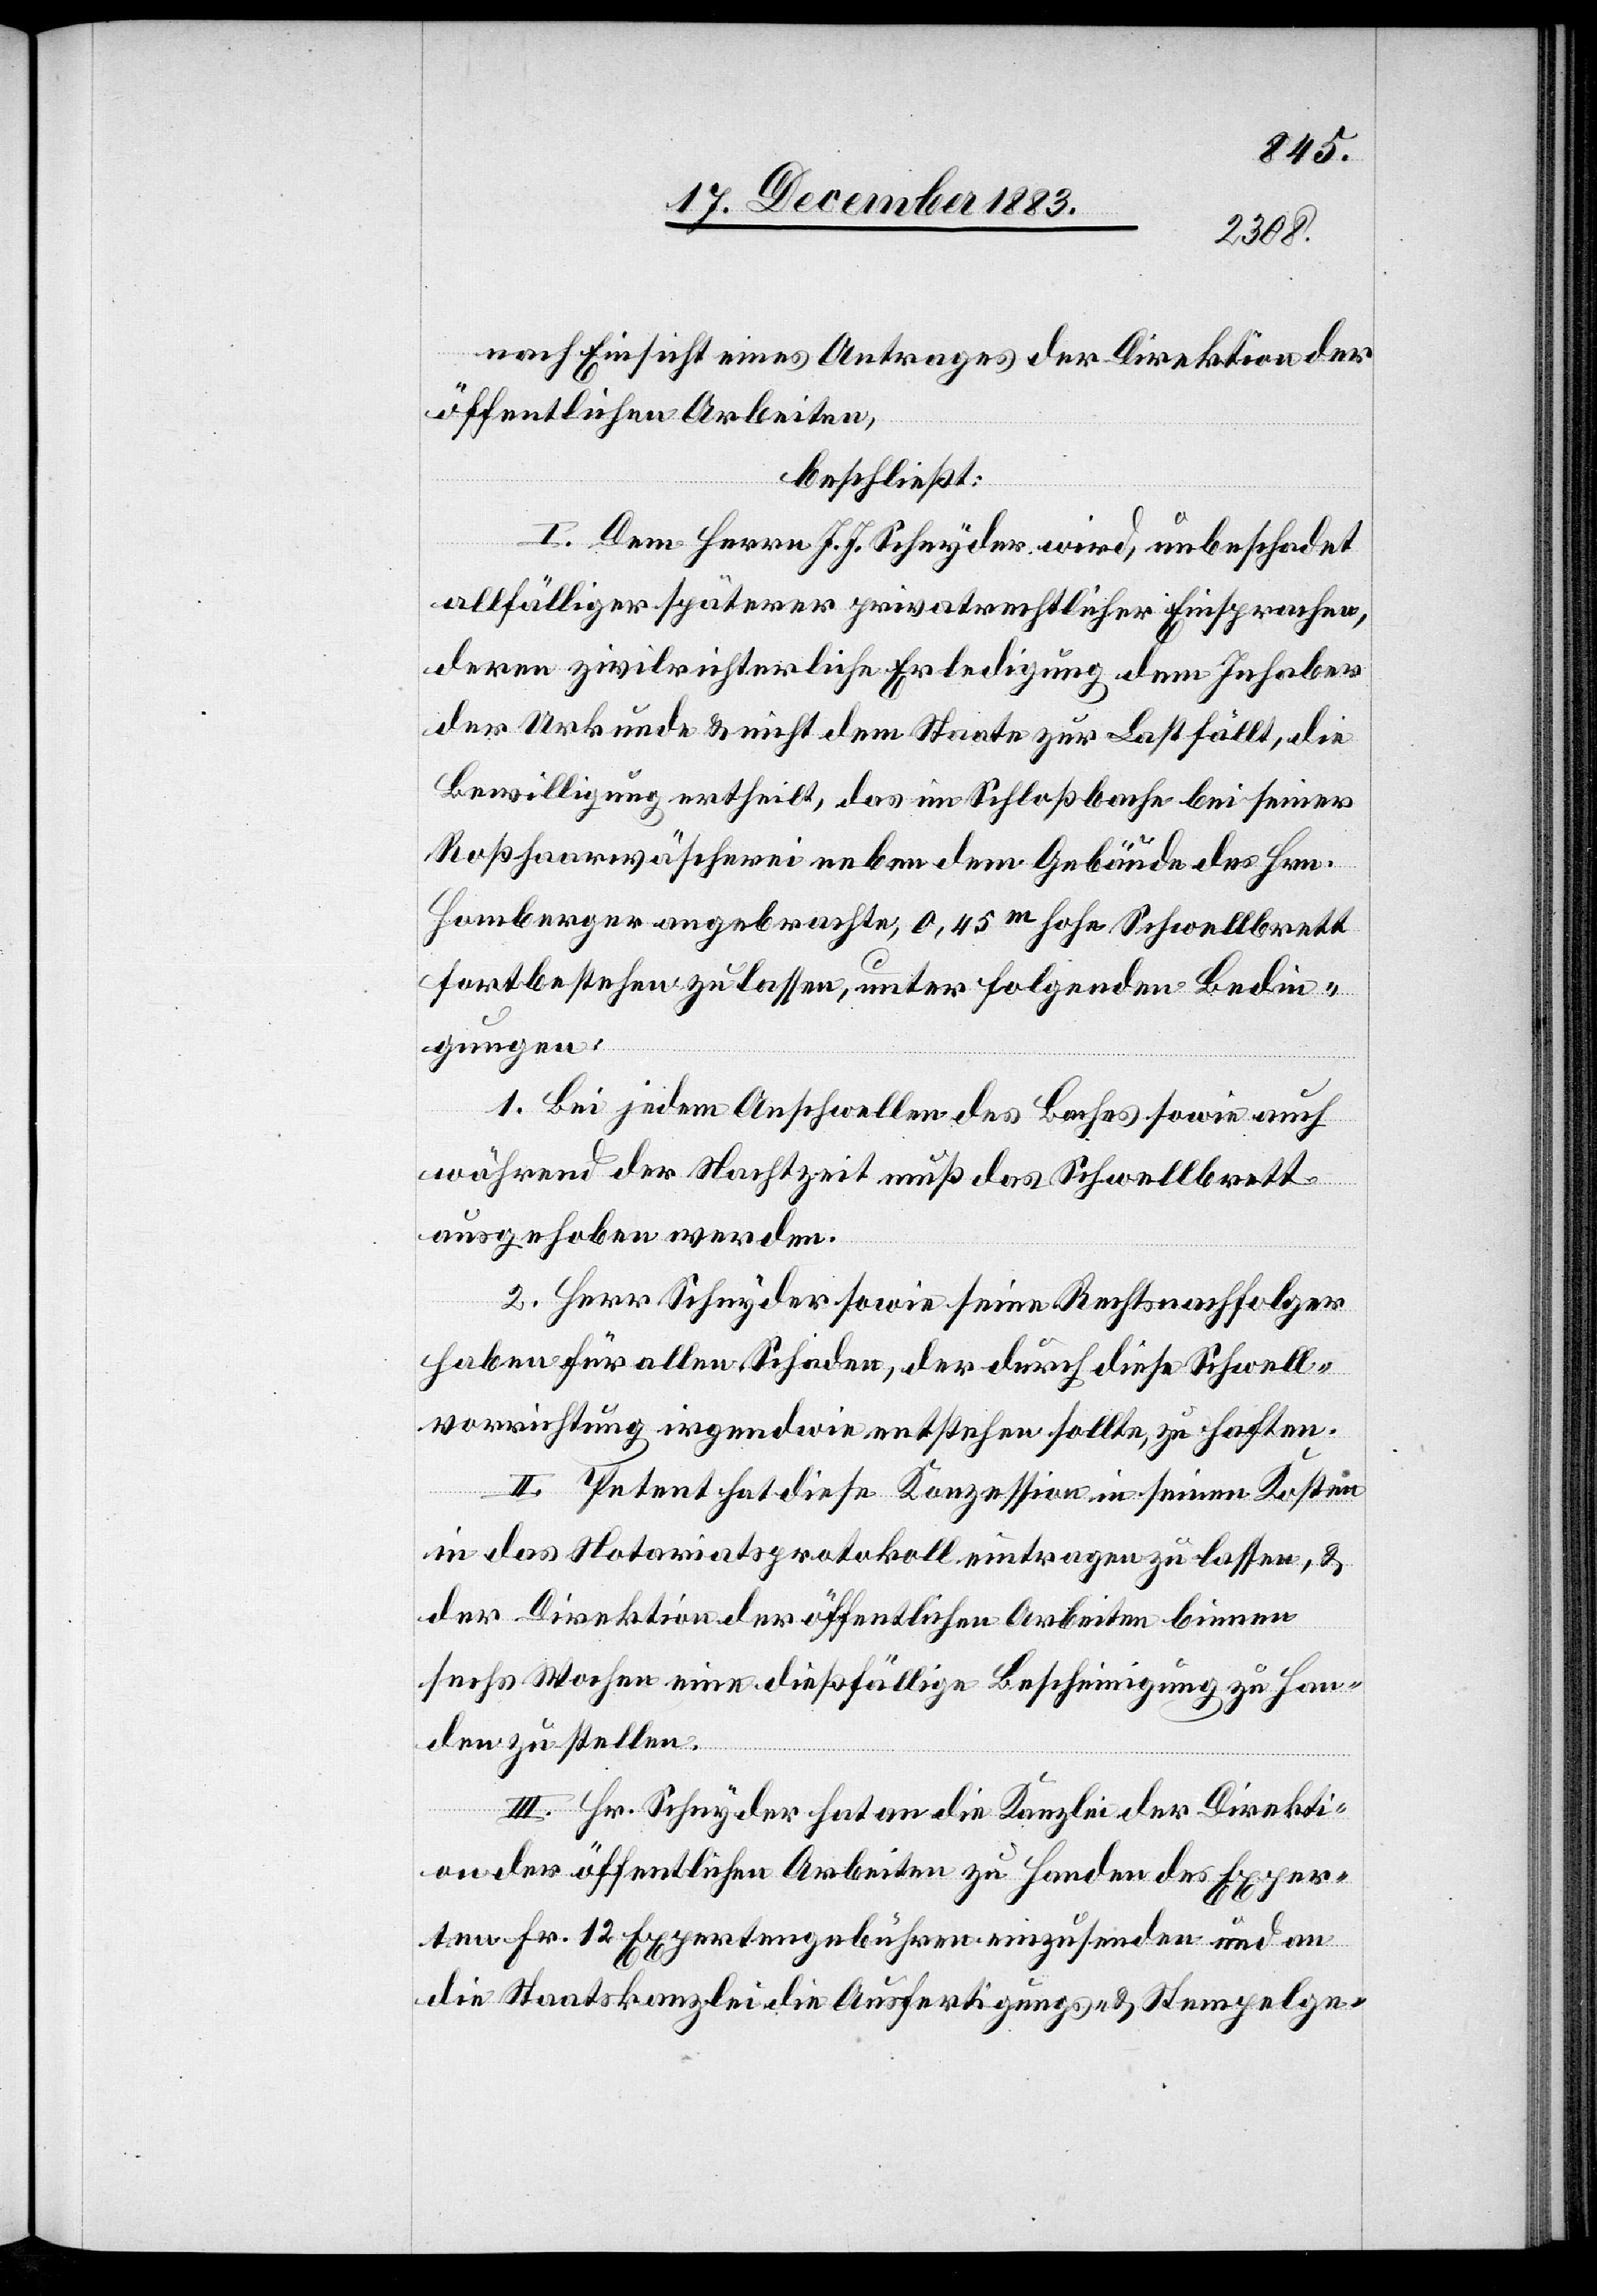
nach Einsicht eines Antrages der Direktion der
öffentlichen Arbeiten,
beschließt:
I. Dem Herrn J. J. Schnyder wird, unbeschadet
allfälliger späterer privatrechtlicher Einsprachen,
deren zivilrichterliche Erledigung dem Inhaber
der Urkunde & nicht dem Staate zur Last fällt, die
Bewilligung ertheilt, das im Schloßbache bei seiner
Roßhaarwäscherei neben dem Gebäude des Hrn.
Homberger angebrachte, 0,45m hohe Schwellbrett
fortbestehen zu lassen, unter folgenden Bedin¬
gungen:
1. Bei jedem Anschwellen des Baches sowie auch
während der Nachtzeit muß das Schwellbrett
ausgehoben werden.
2. Herr Schnyder sowie seine Rechtsnachfolger
haben für allen Schaden, der durch diese Schwell¬
vorrichtung irgendwie entstehen sollte, zu haften.
II. Petent hat diese Konzession in seinen Kosten
in das Notariatsprotokoll eintragen zu lassen, &
der Direktion der öffentlichen Arbeiten binnen
sechs Wochen eine dießfällige Bescheinigung zu Han¬
den zu stellen.
III. Hr. Schnyder hat an die Kanzlei der Direkti¬
on der öffentlichen Arbeiten zu Handen des Exper¬
ten Fr. 12 Expertengebühren einzusenden und an
die Staatskanzlei die Ausfertigungs- & Stempelge-